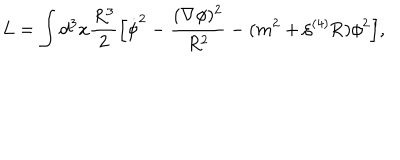
L = \int d ^ { 3 } x \frac { R ^ { 3 } } { 2 } \Bigl [ \dot { \phi } ^ { 2 } - \frac { ( \nabla \phi ) ^ { 2 } } { R ^ { 2 } } - ( m ^ { 2 } + \xi { } ^ { ( 4 ) } \mathrm { R } ) \phi ^ { 2 } \Bigr ] ,